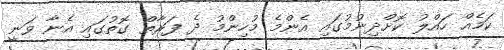
ކަމެއް ހައްލު ކޮށްދިނުމުގައި އެންމެ މުހިންމު ދެ ފަރާތް ގޮތުގައި އެނާ ވަނީ